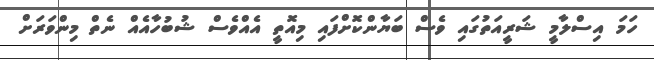
ހަމަ އިސްލާމީ ޝަރީއަތުގައި ވެސް ބަޔާންކޮށްފައި މިއޮތީ އެއްވެސް ޝުބުހާއެއް ނެތް މިންވަރަށް